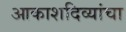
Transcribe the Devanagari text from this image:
आकाशदिव्यांचा